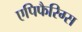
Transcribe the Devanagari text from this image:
एपिफैरिग्स